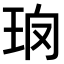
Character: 𤤱